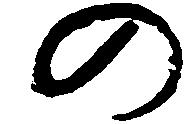
の